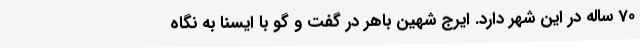
70 ساله در این شهر دارد. ایرج شهین باهر در گفت و گو با ایسنا به نگاه